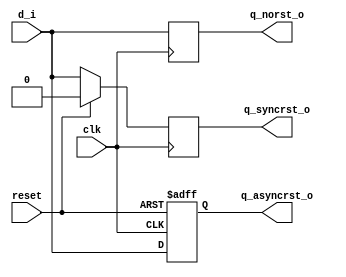
// Day 2
//Design and verify various flavours of a D flip-flop



module various_d_ff(input clk,reset,d_i,
					output reg q_norst_o,q_asyncrst_o,
					q_syncrst_o);

	always @(posedge clk)
		begin
		q_norst_o<=d_i;
		end
	always @(posedge clk)
		begin
		if(reset)
		q_syncrst_o<=0;
		else
		q_syncrst_o<=d_i;
		end
	always @(posedge clk , posedge reset)
		begin
		if(reset)
		q_asyncrst_o<=0;
		else
		q_asyncrst_o<=d_i;
		end
endmodule